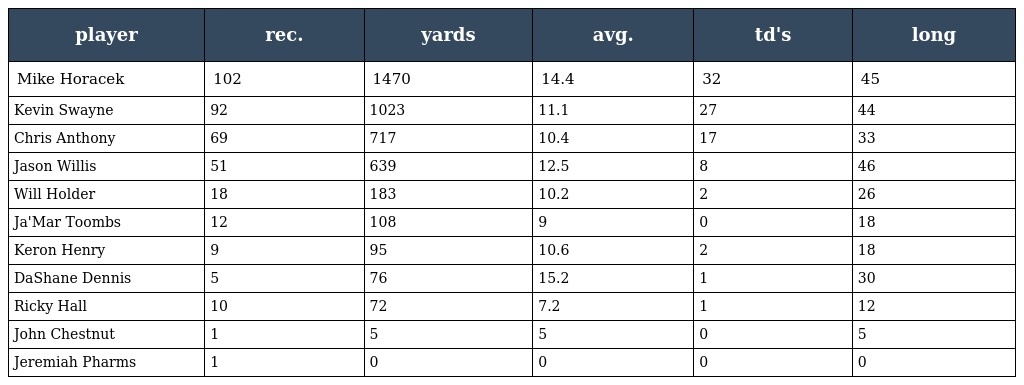
| player | rec. | yards | avg. | td's | long |
 | --- | --- | --- | --- | --- | --- |
 | Mike Horacek | 102 | 1470 | 14.4 | 32 | 45 |
 | Kevin Swayne | 92 | 1023 | 11.1 | 27 | 44 |
 | Chris Anthony | 69 | 717 | 10.4 | 17 | 33 |
 | Jason Willis | 51 | 639 | 12.5 | 8 | 46 |
 | Will Holder | 18 | 183 | 10.2 | 2 | 26 |
 | Ja'Mar Toombs | 12 | 108 | 9 | 0 | 18 |
 | Keron Henry | 9 | 95 | 10.6 | 2 | 18 |
 | DaShane Dennis | 5 | 76 | 15.2 | 1 | 30 |
 | Ricky Hall | 10 | 72 | 7.2 | 1 | 12 |
 | John Chestnut | 1 | 5 | 5 | 0 | 5 |
 | Jeremiah Pharms | 1 | 0 | 0 | 0 | 0 |